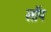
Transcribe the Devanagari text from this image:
लॉप